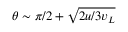
\theta \sim \pi / 2 + \sqrt { 2 u / 3 v _ { L } }